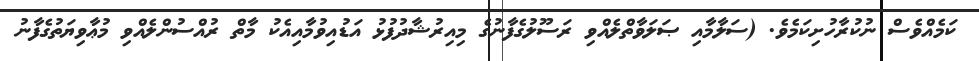
ކަމެއްވެސް ނުކުރާހުށިކަމެވެ. (ސަލާމާއި ޞަލަވާތްލެއްވި ރަސޫލުގެފާނުގެ މިއިރުޝާދުފުޅު އަޑުއިވުމާއިއެކު މާތް ރުއްސުންލެއްވި މުޢާވިޔަތުގެފާނު